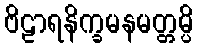
ဗိဠာရနိက္ခမနမတ္တမ္ပိ